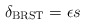
\begin{align*}\delta_{\mbox{\scriptsize BRST}}=\epsilon s\end{align*}